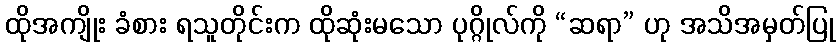
ထိုအကျိုး ခံစား ရသူတိုင်းက ထိုဆုံးမသော ပုဂ္ဂိုလ်ကို “ဆရာ” ဟု အသိအမှတ်ပြု